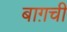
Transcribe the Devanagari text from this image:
बाग़ची